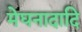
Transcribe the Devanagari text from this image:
मेघनादादि